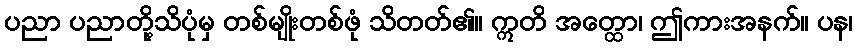
ပညာ ပညာတို့သိပုံမှ တစ်မျိုးတစ်ဖုံ သိတတ်၏။ ဣတိ အတ္ထော၊ ဤကားအနက်။ ပန၊